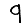
Digit: 9